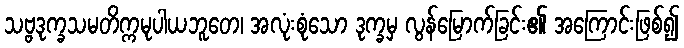
သဗ္ဗဒုက္ခသမတိက္ကမုပါယဘူတေ၊ အလုံးစုံသော ဒုက္ခမှ လွန်မြောက်ခြင်း၏ အကြောင်းဖြစ်၍